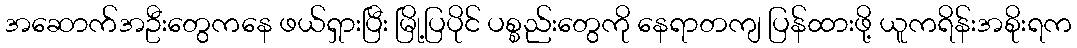
အဆောက်အဦးတွေကနေ ဖယ်ရှားပြီး မြို့ပြပိုင် ပစ္စည်းတွေကို နေရာတကျ ပြန်ထားဖို့ ယူကရိန်းအစိုးရက